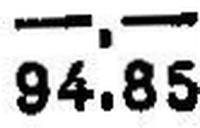
94.85